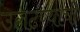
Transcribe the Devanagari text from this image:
उलटण्याची